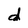
Character: d